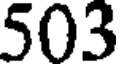
503